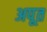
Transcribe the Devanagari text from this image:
अपूत